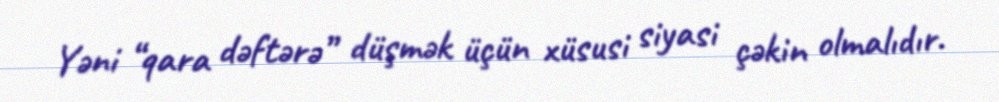
Yəni “qara dəftərə” düşmək üçün xüsusi siyasi çəkin olmalıdır.